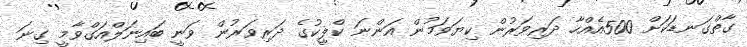
ގާތްގަނޑަކަށް 500އެއްހާ ދަރިވަރުން ކިޔަވަމުން އަންނަ ކްލީކުގެ ދަރިވަރުން ވަނީ ބައިނަލްއަގްވާމީ ގިނަ